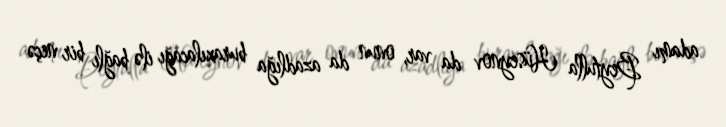
adamı Beytulla Hüseynov da var, onun da azadlığa buraxılacağı ilə bağlı bir neçə